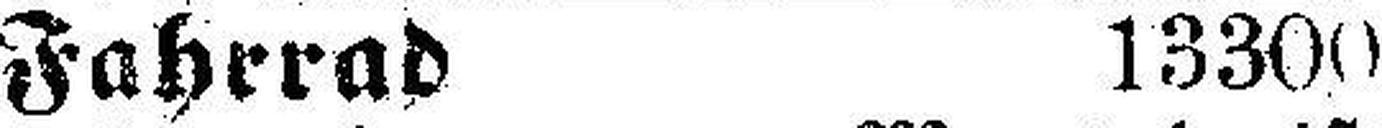
Fahrrad 13300